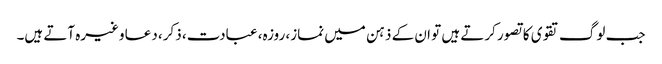
جب لوگ تقوی کا تصور کرتے ہیں تو ان کے ذہن میں نماز، روزہ، عبادت، ذکر، دعا وغیرہ آتے ہیں۔